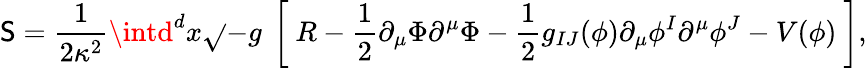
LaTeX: \mathsf{S}=\frac{1}{{2\kappa^{2}}}\intd^{d}x\sqrt{}{{-g}}\ \left[\ R-\frac{1}{2}\partial_{\mu}\Phi\partial^{\mu}\Phi-\frac{1}{2}g_{IJ}(\phi)\partial_{\mu}\phi^{I}\partial^{\mu}\phi^{J}-V(\phi)\ \right],